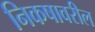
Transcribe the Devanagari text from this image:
निकषावरील